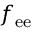
f _ { \mathrm { e e } }